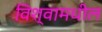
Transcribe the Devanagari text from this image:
विश्वामधील